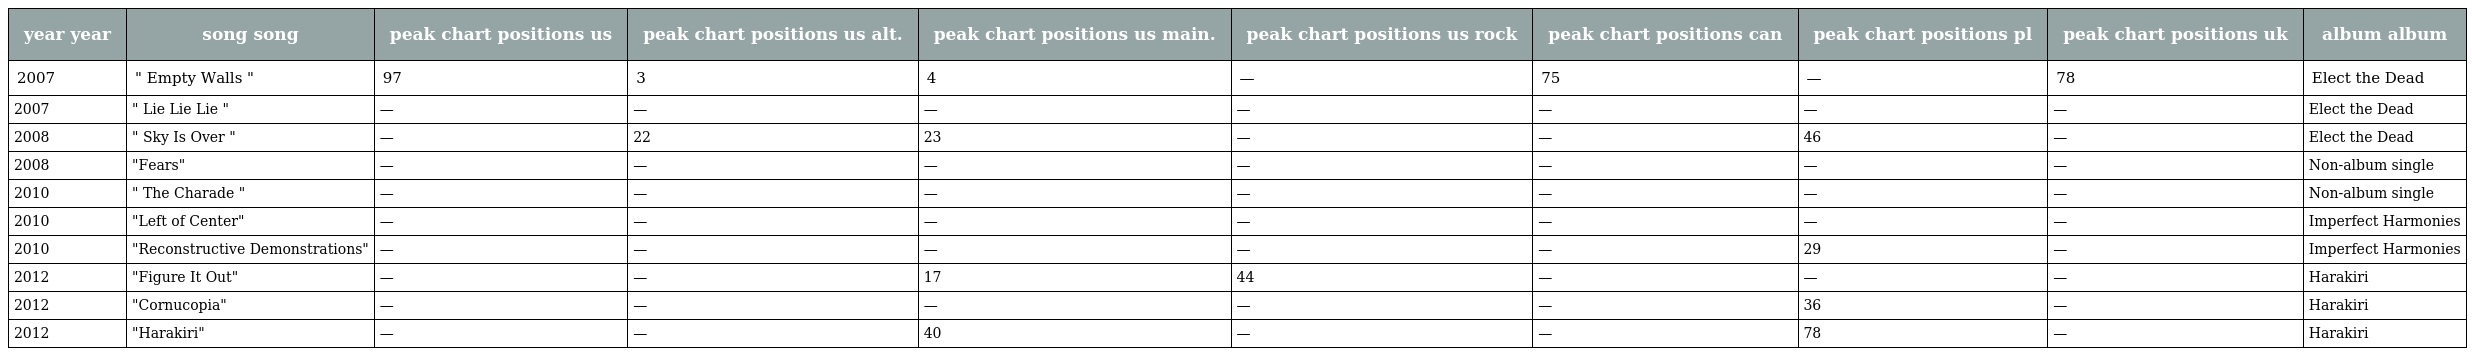
| year year | song song | peak chart positions us | peak chart positions us alt. | peak chart positions us main. | peak chart positions us rock | peak chart positions can | peak chart positions pl | peak chart positions uk | album album |
 | --- | --- | --- | --- | --- | --- | --- | --- | --- | --- |
 | 2007 | " Empty Walls " | 97 | 3 | 4 | — | 75 | — | 78 | Elect the Dead |
 | 2007 | " Lie Lie Lie " | — | — | — | — | — | — | — | Elect the Dead |
 | 2008 | " Sky Is Over " | — | 22 | 23 | — | — | 46 | — | Elect the Dead |
 | 2008 | "Fears" | — | — | — | — | — | — | — | Non-album single |
 | 2010 | " The Charade " | — | — | — | — | — | — | — | Non-album single |
 | 2010 | "Left of Center" | — | — | — | — | — | — | — | Imperfect Harmonies |
 | 2010 | "Reconstructive Demonstrations" | — | — | — | — | — | 29 | — | Imperfect Harmonies |
 | 2012 | "Figure It Out" | — | — | 17 | 44 | — | — | — | Harakiri |
 | 2012 | "Cornucopia" | — | — | — | — | — | 36 | — | Harakiri |
 | 2012 | "Harakiri" | — | — | 40 | — | — | 78 | — | Harakiri |